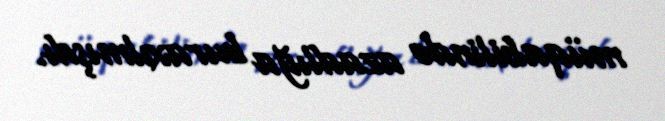
müqabilində azadlığa buraxılmışdı.